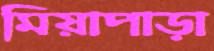
মিয়াপাড়া